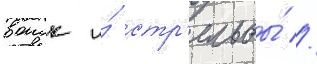
воиск и́ стр'ельбы́ //